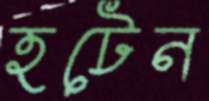
হটেন